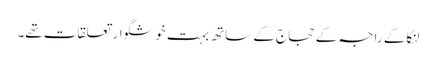
لنکا کے راجہ کے حجاج کے ساتھ بہت خوشگوار تعلقات تھے۔